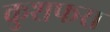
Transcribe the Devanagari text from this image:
कुशफरा